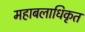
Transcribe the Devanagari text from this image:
महाबलाधिकृत